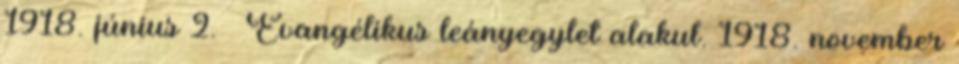
1918. június 2. – Evangélikus leányegylet alakul. 1918. november